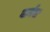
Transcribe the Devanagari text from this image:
बार्नस